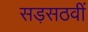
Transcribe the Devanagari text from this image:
सड़सठवीं